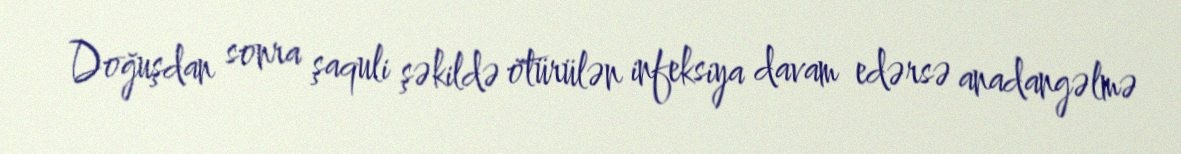
Doğuşdan sonra şaquli şəkildə ötürülən infeksiya davam edərsə anadangəlmə